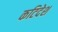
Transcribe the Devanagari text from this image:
कटिदेश